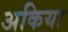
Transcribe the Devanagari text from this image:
अकिया